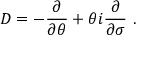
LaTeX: D = - \frac { \partial } { \partial \theta } + \theta i \frac { \partial } { \partial \sigma } ~ .